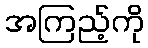
အကြည့်ကို